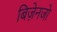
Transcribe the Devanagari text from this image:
बिज़ेनजो